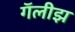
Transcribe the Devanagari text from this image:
गॅलीझ